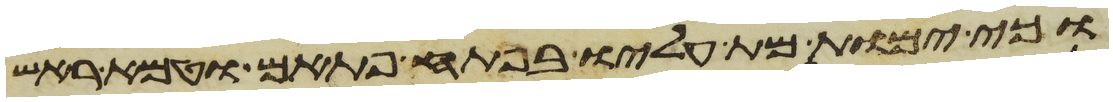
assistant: וכי ימות מת עליו בפתע פתאם וטמא ראש